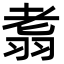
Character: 䎝